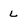
Character: L